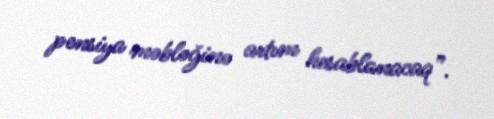
pensiya məbləğinə artım hesablanacaq”.